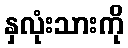
နှလုံးသားကို